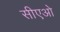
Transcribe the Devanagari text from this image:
सीएओ